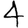
Digit: 4